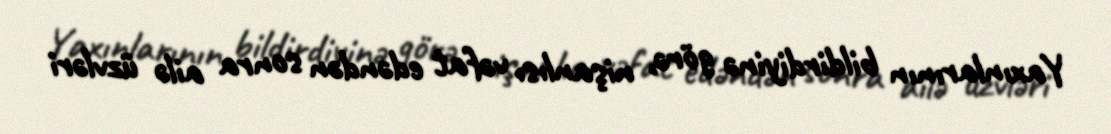
Yaxınlarının bildirdiyinə görə, nişanlısı vəfat edəndən sonra ailə üzvləri